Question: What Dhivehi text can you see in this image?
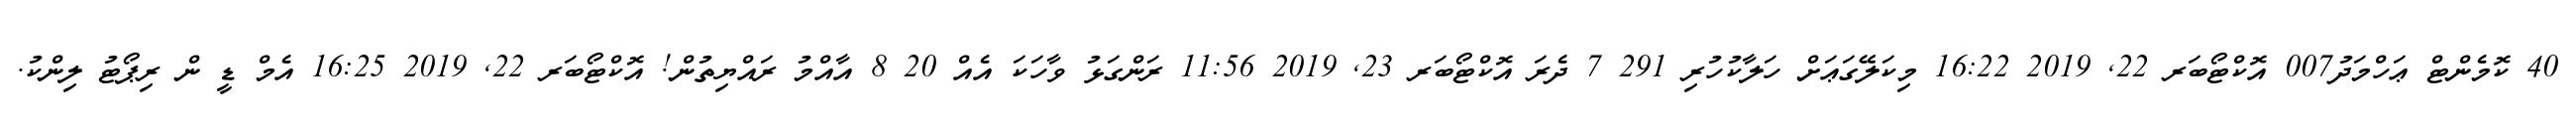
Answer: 40 ކޮމެންޓް ޢަހްމަދު007 އޮކްޓޯބަރ 22, 2019 16:22 މިކަލޭގަޢަށް ހަލާކުހުރި 291 7 ދެރަ އޮކްޓޯބަރ 23, 2019 11:56 ރަންގަޅު ވާހަކަ އެއް 20 8 އާއްމު ރައްޔިތުން! އޮކްޓޯބަރ 22, 2019 16:25 އެމް ޑީ ން ރިޕޯޓު ލިންކު.